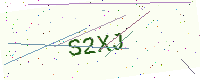
Text: S2XJ